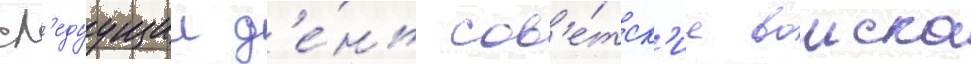
сл'едуущии д'е́нь сов'е́тск'ие воиска